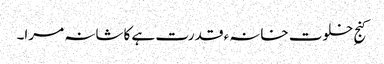
کنجِ خلوت خانہء قدرت ہے کاشانہ مرا۔